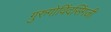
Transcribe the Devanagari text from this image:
गुरुगोविंदसिंगजी